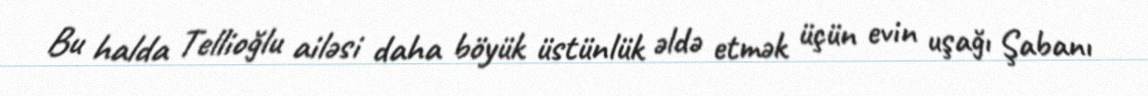
Bu halda Tellioğlu ailəsi daha böyük üstünlük əldə etmək üçün evin uşağı Şabanı